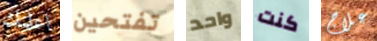
اعلمك تفتحين واحد كنت علاج